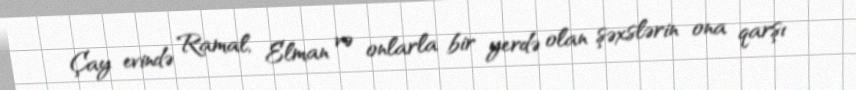
Çay evində Ramal, Elman və onlarla bir yerdə olan şəxslərin ona qarşı